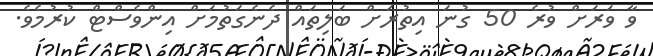
ވާ ވަރަށް ވުރެ 50 ގުނަ އިތުރަށް ބަލިތައް ދެނެގަތުމަށް އިންވެސްޓް ކުރުމެވެ.